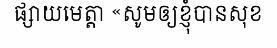
ផ្សាយមេត្តា «សូមឲ្យខ្ញុំបានសុខ